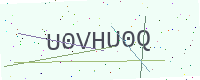
Text: U0VHU0Q